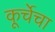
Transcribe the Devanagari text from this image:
कूर्चेचा